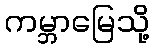
ကမ္ဘာမြေသို့